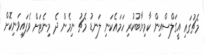
މެޗުގައި އީގަލްސްއިން ކާމިޔާބުކުރި ހަމައެކަނި ލަނޑު މެޗު ނިމެން ދެ މިނެޓަށް ވެފައިވަނިކޮށް